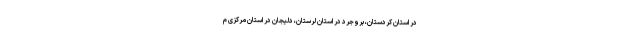
در استان کردستان، بروجرد در استان لرستان، دلیجان در استان مرکزی م